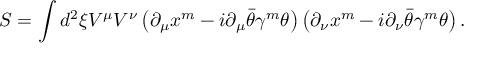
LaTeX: S = \int d ^ { 2 } \xi V ^ { \mu } V ^ { \nu } \left( \partial _ { \mu } x ^ { m } - i \partial _ { \mu } \bar { \theta } \gamma ^ { m } \theta \right) \left( \partial _ { \nu } x ^ { m } - i \partial _ { \nu } \bar { \theta } \gamma ^ { m } \theta \right) .